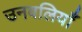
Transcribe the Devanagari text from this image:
उनवलियाँ